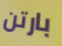
بارتن